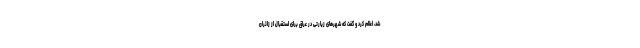
شد، اعلام کرد و گفت که شهرهای زیارتی در عراق برای استقبال از زائران